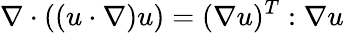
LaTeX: \nabla\cdot((u\cdot\nabla)u)=(\nabla u)^{T}:\nabla u